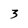
Character: 3